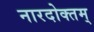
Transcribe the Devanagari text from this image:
नारदोक्तम्